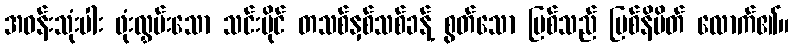
အဝန်းသုံးပါး ဖုံးလွှမ်းသော သင်းပိုင် တသစ်နှစ်သစ်ခန့် စွတ်သော မြစ်သည် မြစ်နိမိတ် လောက်၏။